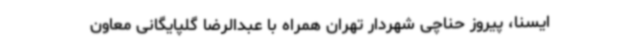
ایسنا، پیروز حناچی شهردار تهران همراه با عبدالرضا گلپایگانی معاون